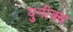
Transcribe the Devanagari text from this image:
युनीक्स